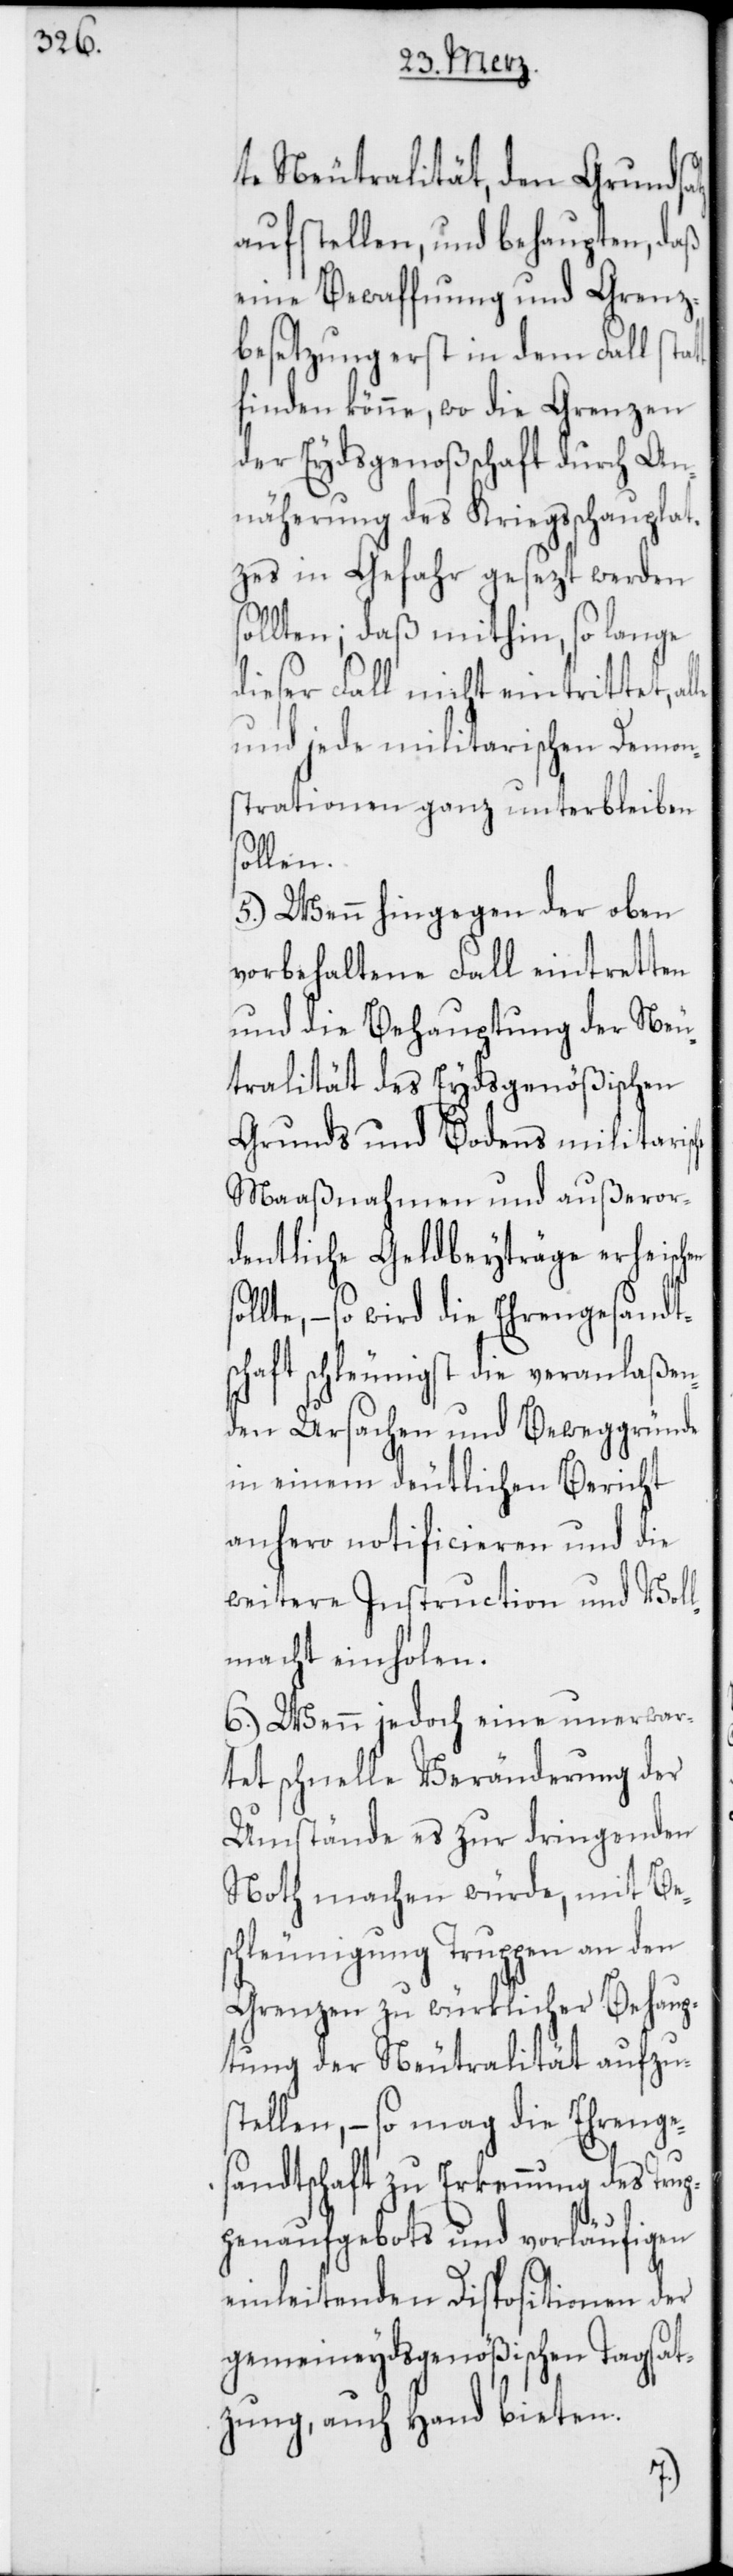
te Neutralität, den Grundsa¬
aufstellen, und behaupten, daß
eine Bewaffnung und Grenz¬
besetzung erst in dem Fall stat¬
finden könne, wo die Grenzen
der Eydsgenoßenschaft durch An¬
näherung des Kriegsschauplat¬
zes in Gefahr gesezt werden
sollten; daß mithin, so lange
dieser Fall nicht eintrittet, al¬
und jede militarischen Demon¬
strationen ganz unterbleiben
hen
5.) Wenn hingegen der oben
vorbehaltene Fall eintretten
und die Behauptung der Neu¬
tralität des Eydsgenößischen
Grunds und Bodens militarisc¬
Maaßnahmen und außeror¬
dentliche Geldbeyträge erheisc¬
ollte, – so wird die Ehrengesandt¬
schaft schleunigst die veranlaßen¬
den Ursachen und Beweggrün¬
de
in einem deutlichen
anhero notificieren und die
weitere Instruction und Vol¬
lmacht einholen.
6.) Wenn jedoch eine unerwar¬
tete schnelle Veränderung der
Umstände es zur dringenden
Noth machen würde, mit Be¬
schleunigung Truppen an den
Grenzen zu würklicher Behaup¬
tung der Neutralität aufzu¬
stellen, – so mag die Ehrenge¬
sandtschaft zu Erkennung des Trup¬
penaufgebots und vorläufigen
einleitenden Dispositionen der
gemeineydsgenößischen Tagsat¬
zung, auch Hand bieten.